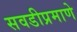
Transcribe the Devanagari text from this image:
सवडीप्रमाणे